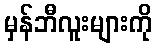
မှန်ဘီလူးများကို